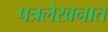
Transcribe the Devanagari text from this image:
पत्रलेखनात